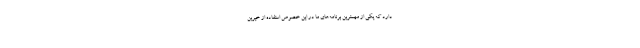
دارد که یکی از مهمترین برنامه‌های ما در این خصوص استفاده از خیرین